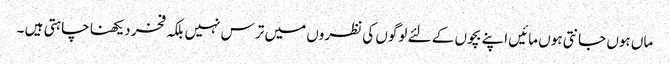
ماں ہوں جانتی ہوں مائیں اپنے بچوں کے لئے لوگوں کی نظروں میں ترس نہیں بلکہ فخر دیکھنا چاہتی ہیں ۔